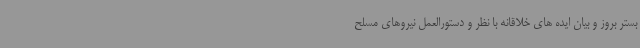
بستر بروز و بیان ایده های خلاقانه با نظر و دستورالعمل نیروهای مسلح